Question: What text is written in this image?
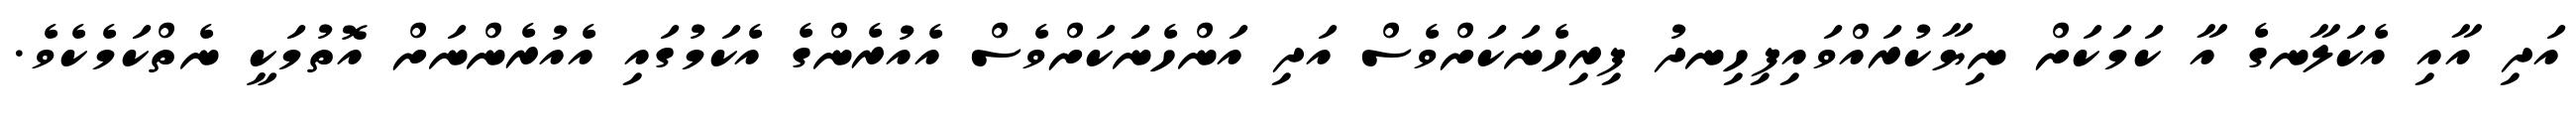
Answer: އަދި އާއި އެކަލާނގެ އާ ކަމަކަށް ނިޔާކުރައްވައިފިހިނދު ފިރިހެނަކަށްވެސް އަދި އަންހެނަަކަށްވެސް އެއުރެންގެ އެކަމުގައި އެއުރެންނަށް އޮތުމަކީ ނެތްކަމެކެވެ.